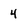
Character: 4